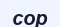
сор